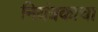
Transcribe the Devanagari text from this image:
नियंत्रकाचा